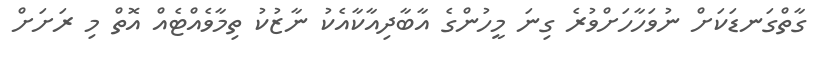
ގާތްގަނޑަކަށް ނުވަހާހަށްވުރެ ގިނަ މީހުންގެ އާބާދިއާކާއެކު ނާޒުކު ތިމާވެއްޓެއް އޮތް މި ރަށަށް